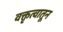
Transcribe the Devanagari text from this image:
वक्तृत्वातून